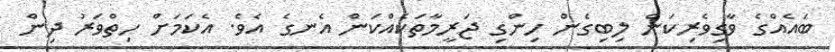
ބައެއްގެ ވާގިވެރިކަން ލިބިގެން ހިންގި ޖަރީމާތަކެއްކަން އެނގެ އެވެ. އެކަމަށް ހިތްވަރު ދިން